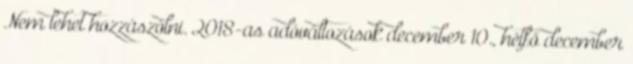
Nem lehet hozzászólni. 2018-as adóváltozások december 10., hétfő december